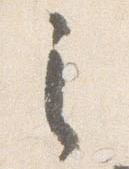
之